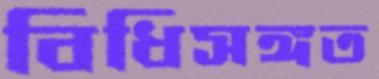
বিধিসঙ্গত